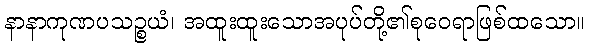
နာနာကုဏပသဉ္စယံ၊ အထူးထူးသောအပုပ်တို့၏စုဝေရာဖြစ်ထသော။